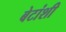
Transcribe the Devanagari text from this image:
बेटांशी